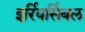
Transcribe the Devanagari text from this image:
इर्रिवर्सिबल